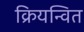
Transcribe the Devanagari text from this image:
क्रियन्वित